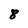
Character: 8